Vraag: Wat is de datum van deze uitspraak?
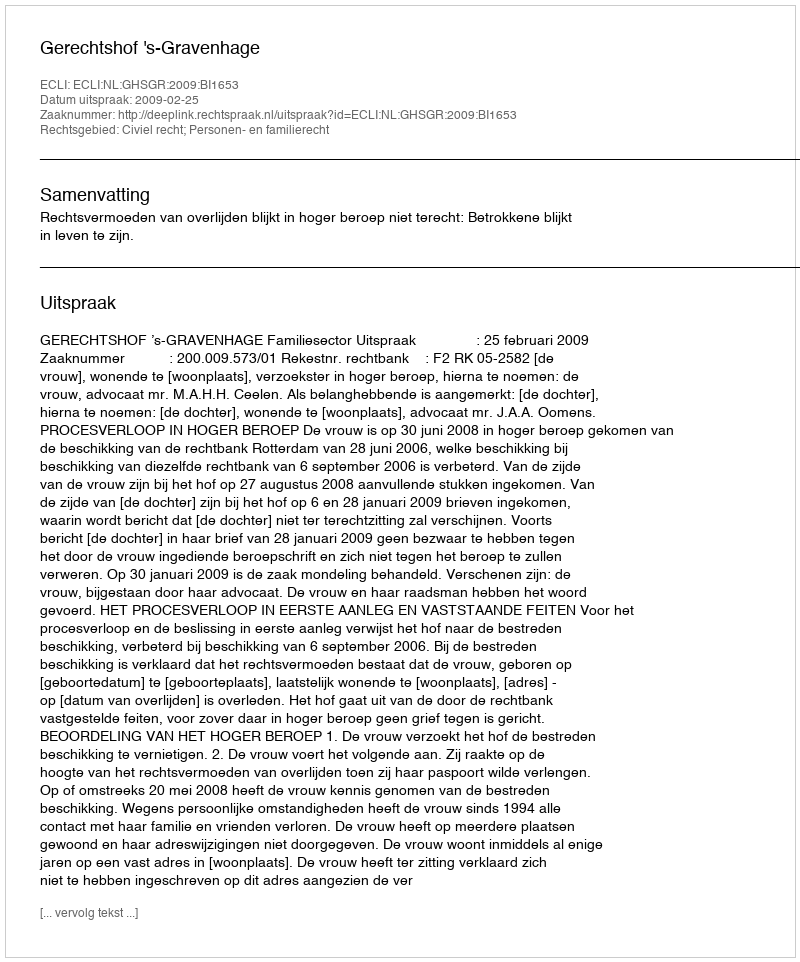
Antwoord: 2009-02-25